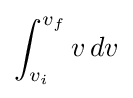
\int _{v_{i}}^{v_{f}}v\,dv